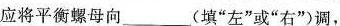
应将平衡螺母向___(填”左”或”右”调，